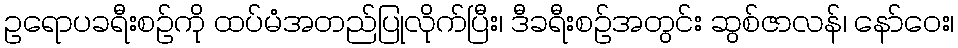
ဥရောပခရီးစဉ်ကို ထပ်မံအတည်ပြုလိုက်ပြီး၊ ဒီခရီးစဉ်အတွင်း ဆွစ်ဇာလန်၊ နော်ဝေး၊